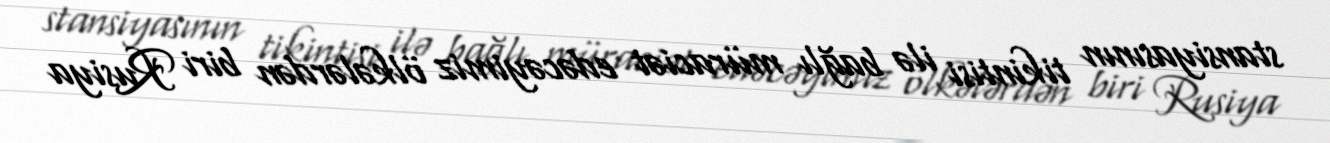
stansiyasının tikintisi ilə bağlı müraciət edəcəyimiz ölkələrdən biri Rusiya